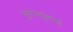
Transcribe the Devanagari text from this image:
युवान्च्वाङ्